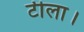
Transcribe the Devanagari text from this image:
टीला।